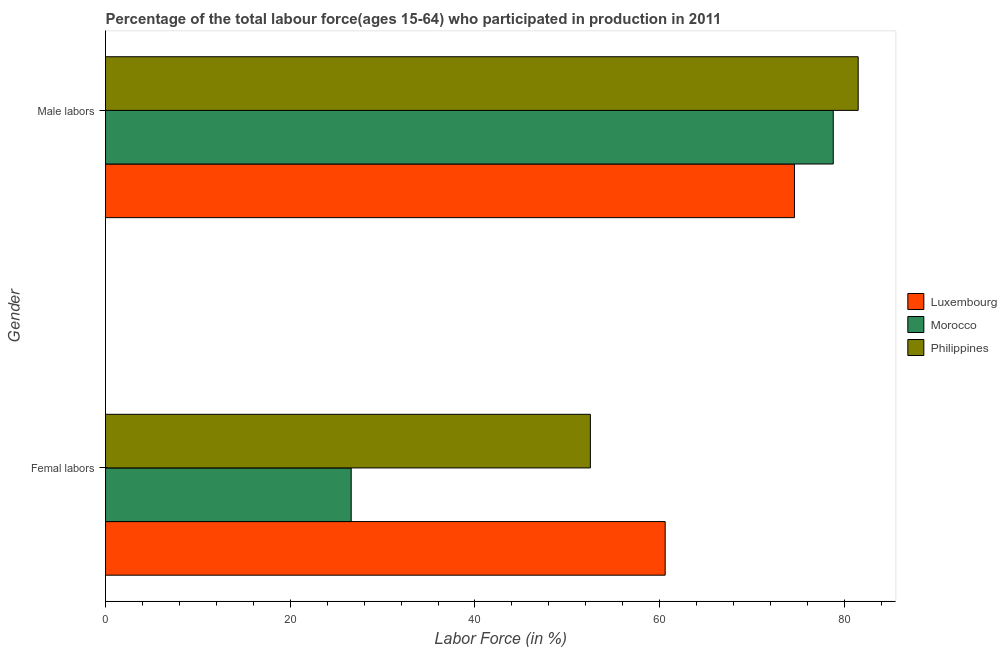
| Gender | Luxembourg | Morocco | Philippines |
 | --- | --- | --- | --- |
 | Femal labors | 60.6 | 26.6 | 52.5 |
 | Male labors | 74.6 | 78.8 | 81.5 |